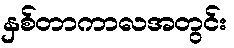
နှစ်တာကာလအတွင်း